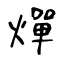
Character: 燀